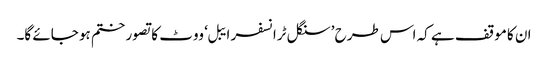
ان کا موقف ہے کہ اس طرح ’سنگل ٹرانسفر ایبل‘ ووٹ کا تصور ختم ہو جائے گا۔